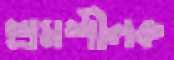
শ্রমশীলক